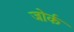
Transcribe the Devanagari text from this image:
जोर्क